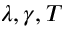
\lambda , \gamma , T